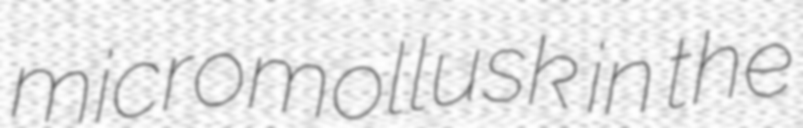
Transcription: micromollusk in the